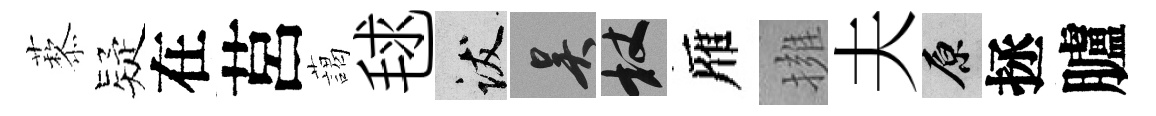
藜疑在莒藹毬跋吴杖雁擁夫原拯臚